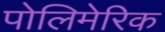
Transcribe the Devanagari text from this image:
पोलिमेरिक